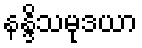
နန္ဒိသမုဒယာ